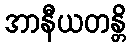
အာနီယတန္တိ